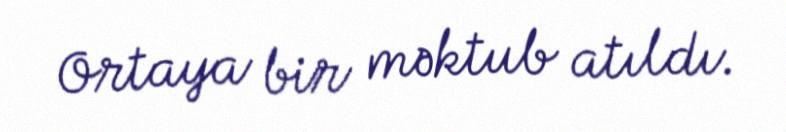
Ortaya bir məktub atıldı.